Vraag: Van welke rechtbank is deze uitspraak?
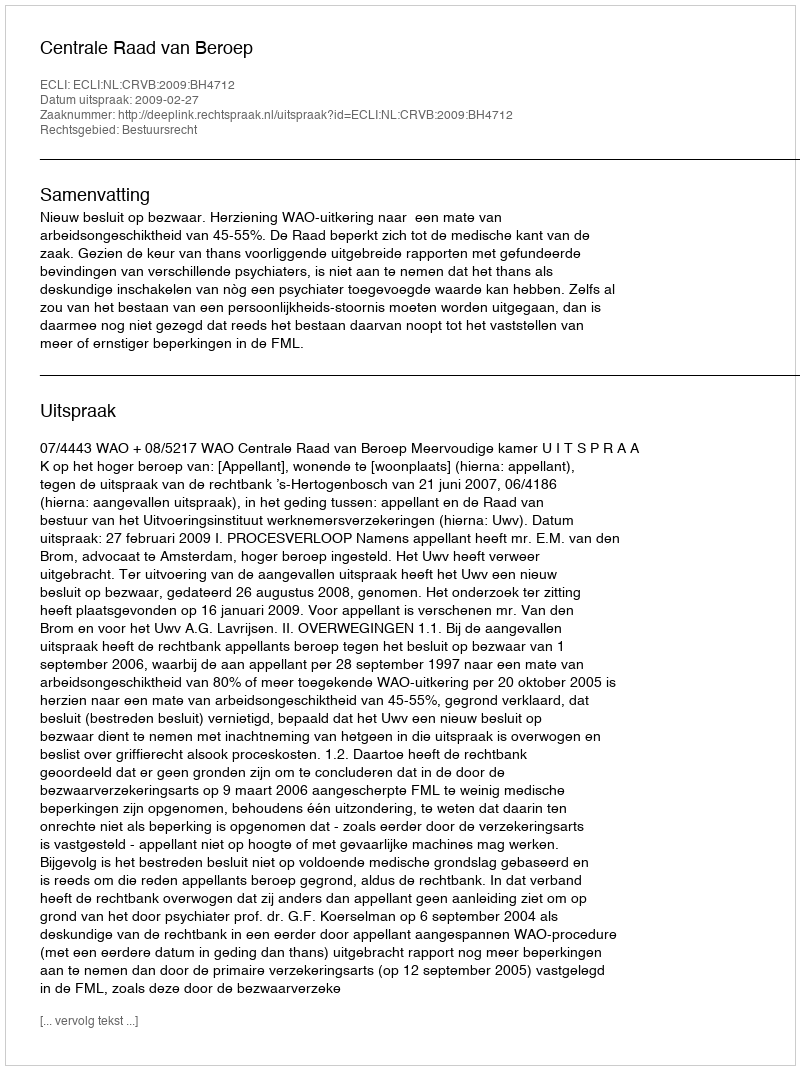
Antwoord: Centrale Raad van Beroep